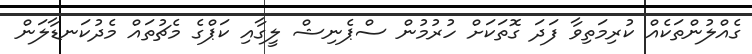
ގެއްލުންތަކެއް ކުރިމަތިވާ ފަދަ ގޮތަކަށް ހުރުމުން ސްޕެނިޝް ލީގާއި ކަޕްގެ މެޗުތައް މެދުކަނޑާލަން